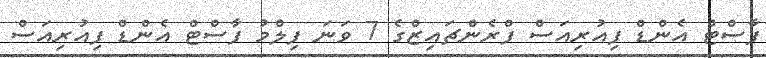
ފާސްޓް އެންޑް ފިއުރިއަސް ފްރެންޗައިޒްގެ 7 ވަނަ ފިލްމު ފާސްޓް އެންޑް ފިއުރިއަސް